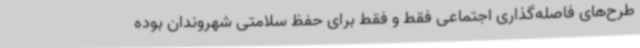
طرح‌های فاصله‌گذاری اجتماعی فقط و فقط برای حفظ سلامتی شهروندان بوده